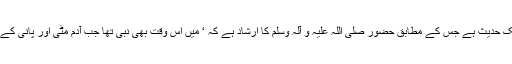
مشکوٰۃ کی ایک حدیث ہے جس کے مطابق حضور صلی اللہ علیہ و آلہ وسلم کا ارشاد ہے کہ ‘ میں اس وقت بھی نبی تھا جب آدم مٹی اور پانی کے درمیان تھے۔